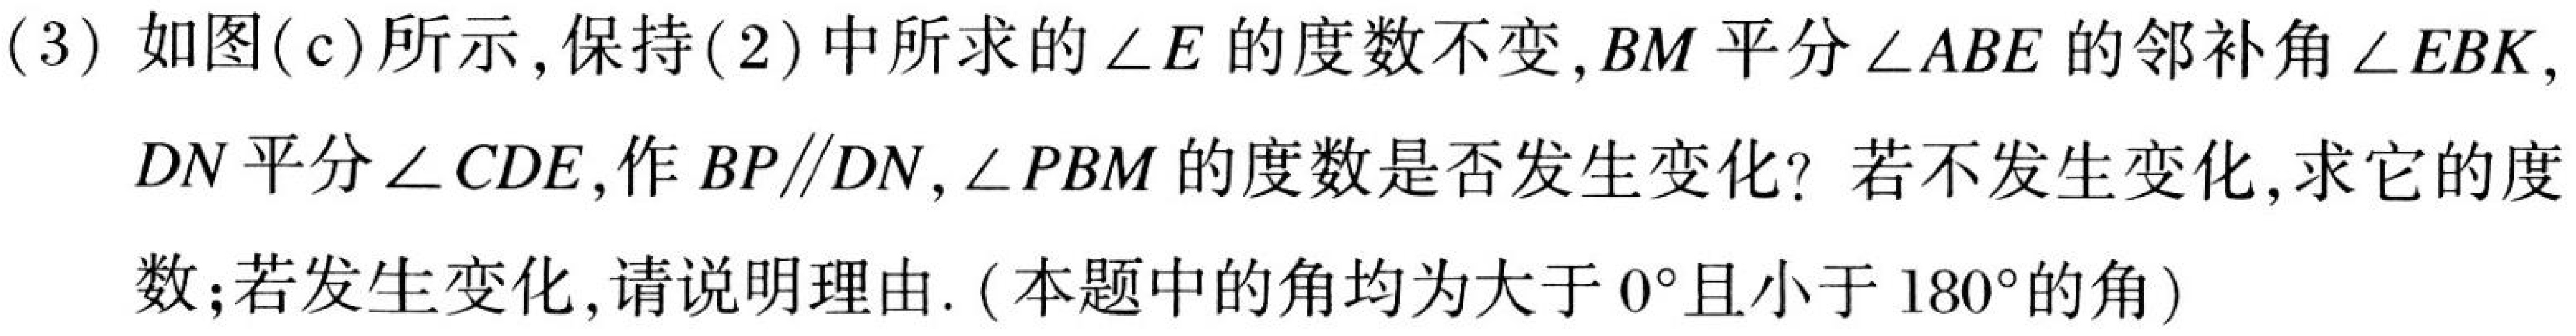
(3) 如图(c)所示, 保持(2)中所求的\(\angle E\)的度数不变, \(BM\)平分\(\angle ABE\)的邻补角\(\angle EBK\), \(DN\)平分\(\angle CDE\), 作\(BP\parallel DN\), \(\angle PBM\)的度数是否发生变化? 若不发生变化, 求它的度数; 若发生变化, 请说明理由. (本题中的角均为大于\(0^{\circ}\)且小于\(180^{\circ}\)的角)